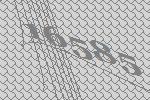
16585